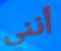
أنني